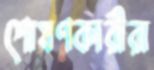
শোষণকারীরা